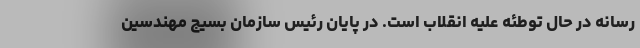
رسانه در حال توطئه علیه انقلاب است. در پایان رئیس سازمان بسیج مهندسین